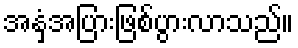
အနှံ့အပြားဖြစ်ပွားလာသည်။